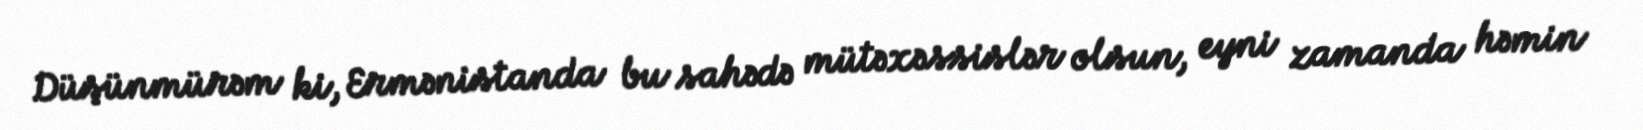
Düşünmürəm ki, Ermənistanda bu sahədə mütəxəssislər olsun, eyni zamanda həmin